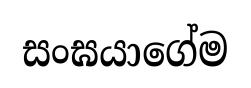
සංඝයාගේම